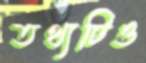
তথ্যটিও